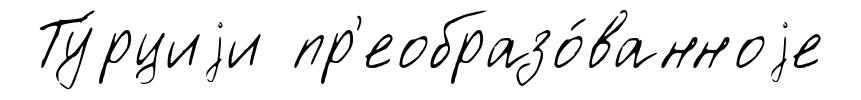
Ту́рциjи пр'еобразо́ванноjе